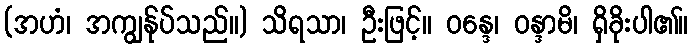
(အဟံ၊ အကျွန်ုပ်သည်။) သိရသာ၊ ဦးဖြင့်။ ဝန္ဒေ၊ ဝန္ဒာမိ၊ ရှိခိုးပါ၏။